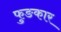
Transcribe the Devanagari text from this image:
फुङकार